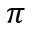
\pi